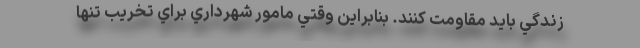
زندگي بايد مقاومت كنند. بنابراين وقتي مامور شهرداري براي تخريب تنها